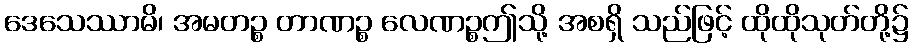
ဒေသေဿာမိ၊ အမတဉ္စ တာဏဉ္စ လေဏဉ္စဤသို့ အစရှိ သည်ဖြင့် ထိုထိုသုတ်တို့၌